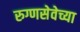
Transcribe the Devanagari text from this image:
रुग्णसेवेच्या